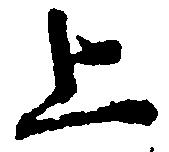
上